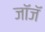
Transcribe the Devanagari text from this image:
जॉजॅ